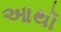
આથૉ